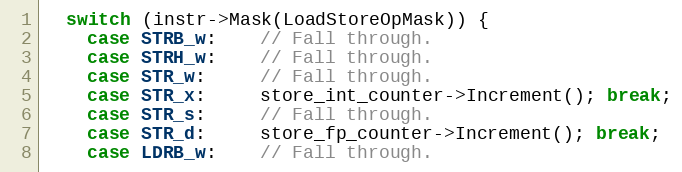
Language: C++
  switch (instr->Mask(LoadStoreOpMask)) {
    case STRB_w:    // Fall through.
    case STRH_w:    // Fall through.
    case STR_w:     // Fall through.
    case STR_x:     store_int_counter->Increment(); break;
    case STR_s:     // Fall through.
    case STR_d:     store_fp_counter->Increment(); break;
    case LDRB_w:    // Fall through.